Vabadussoja_Ajaloo_Komitee, lk 14
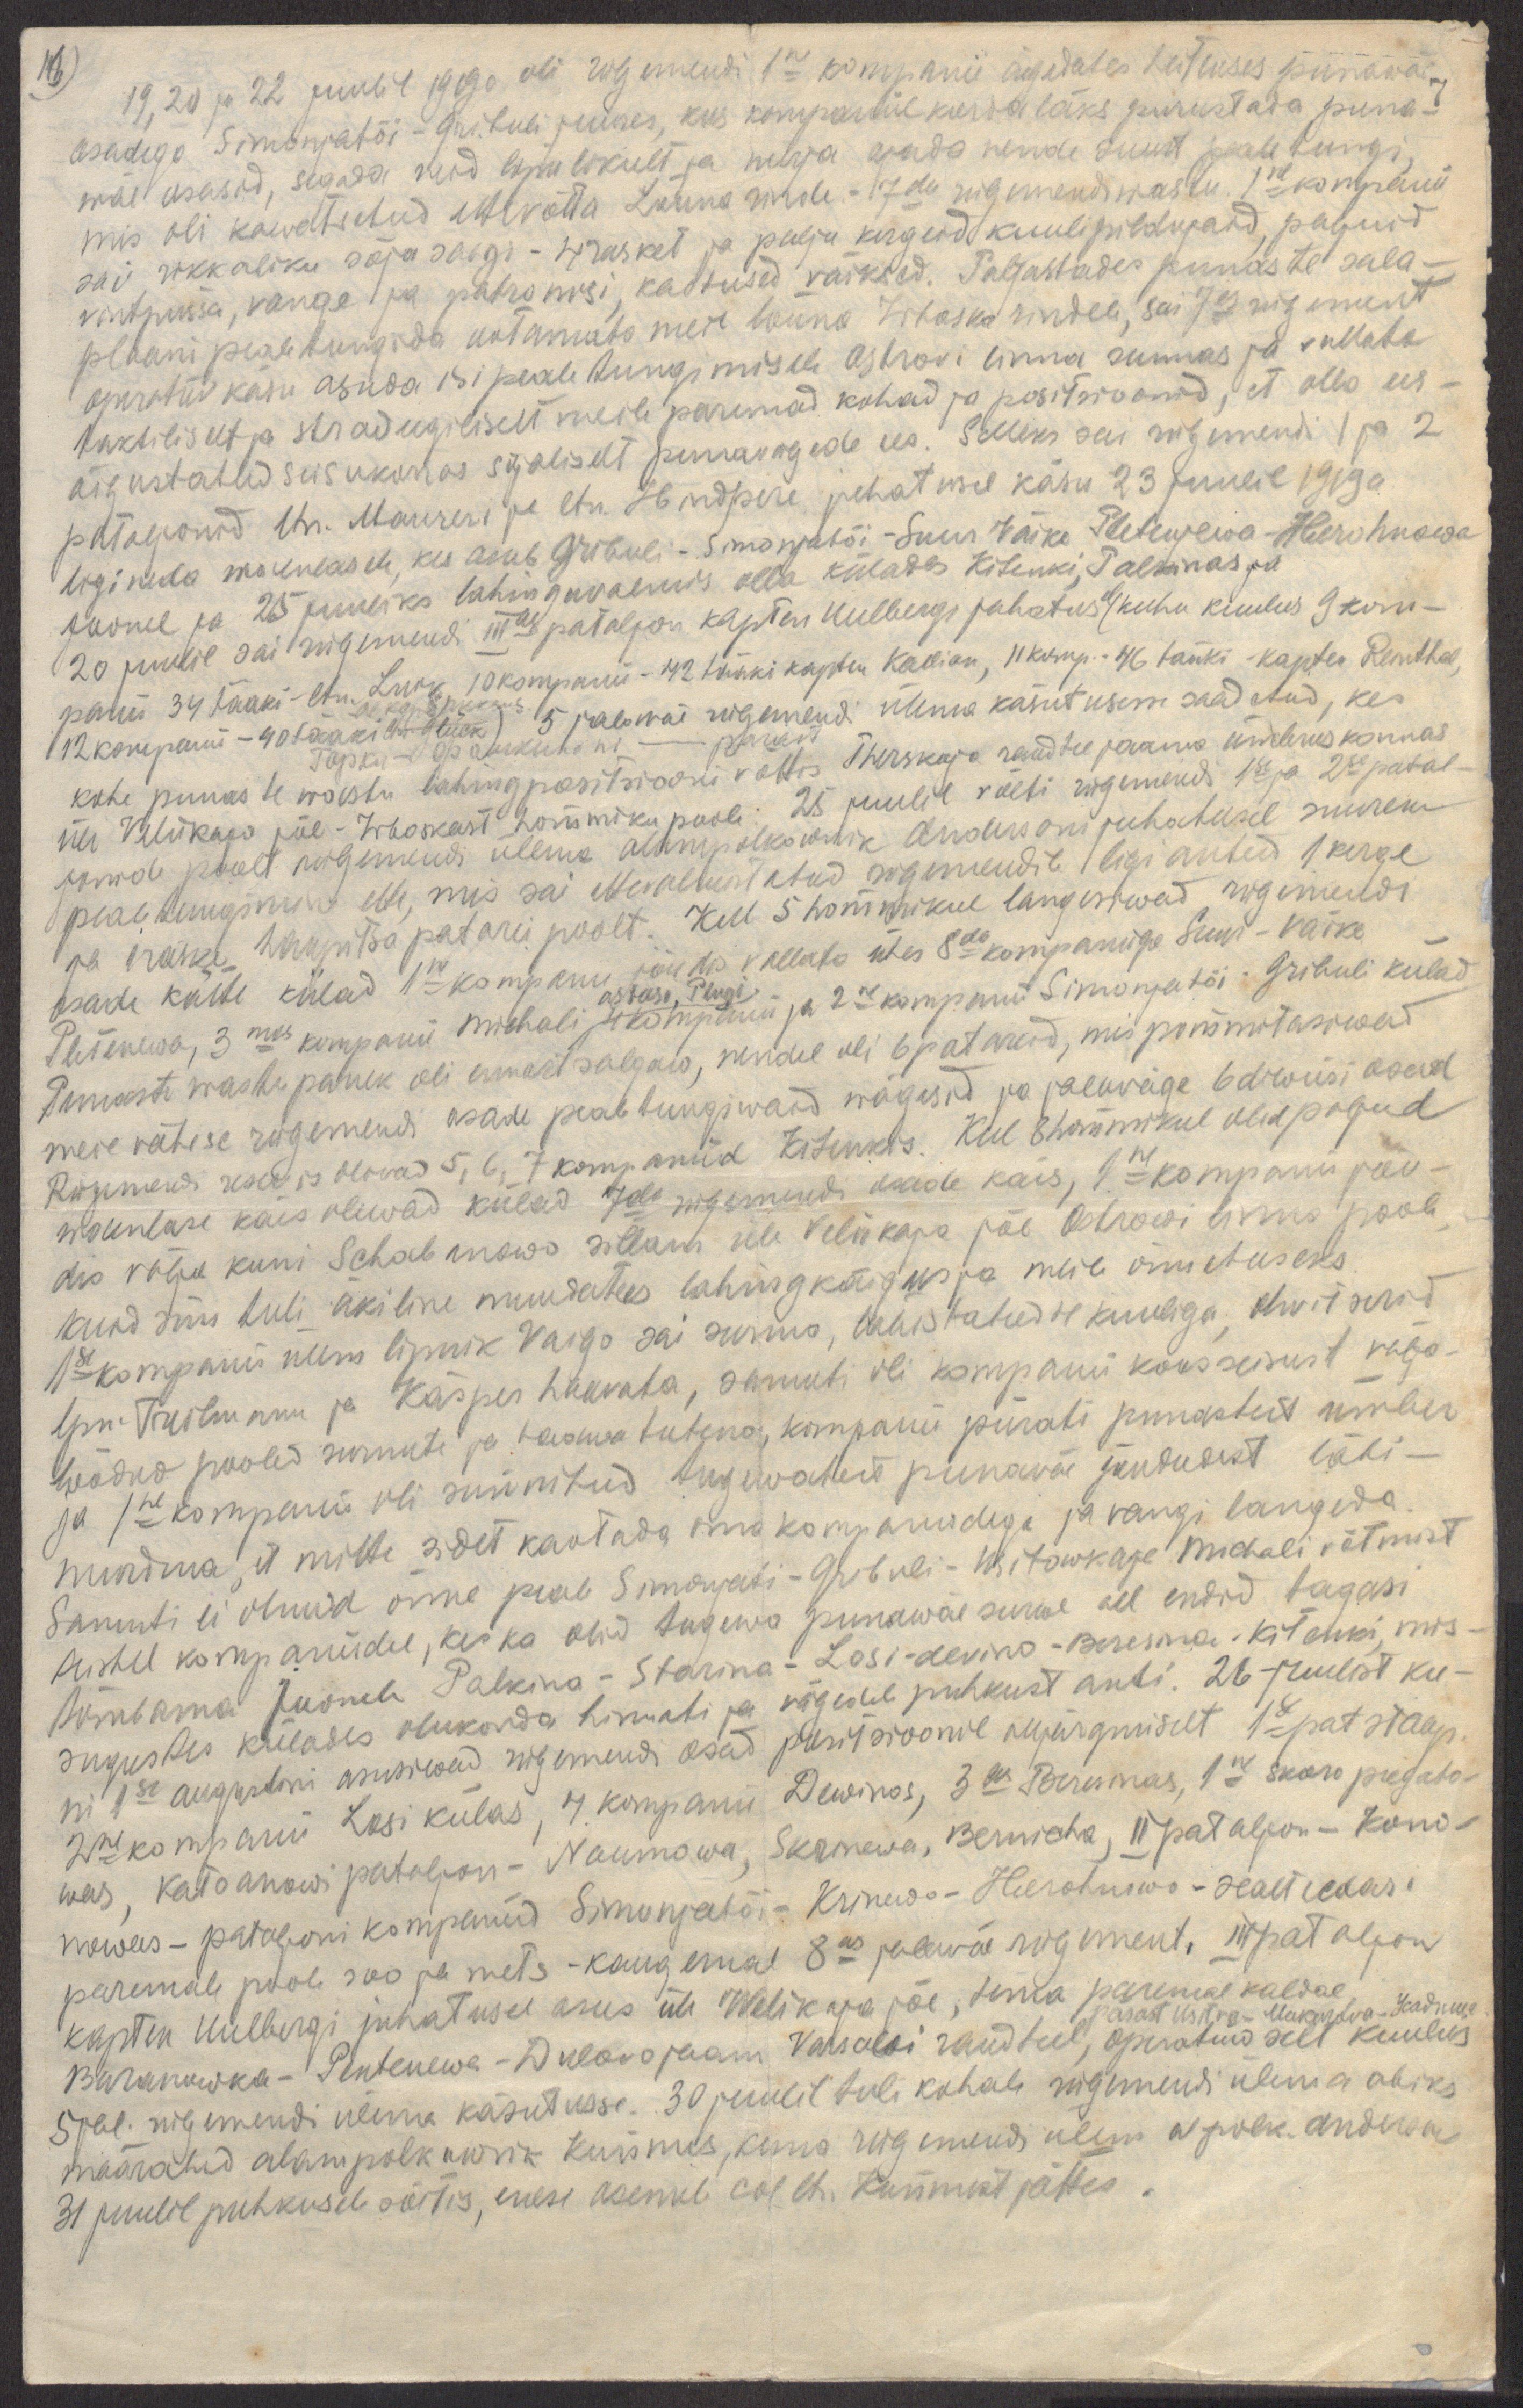
16)
19, 20 ja 22 juulil 1919a. oli rügemendi 1ne kompanii ägedates heitluses punawäe
osadega Simonjatõi - Gribuli juures, kus kompaniil korda läks purustada puna-
wäe osasid, segada neid lõpulikult ja nurja ajada nende suurt pealetungi,
mis oli kawatsetud ettevõtta Lõuna rinde. - 7da rügemendi wastu. 1ne kompanii
sai rikkaliku sõjasaagi - 4 rasket ja palju kergeid kuulipildujaid, paljuid
vintpüssa, vange ja  patronisi, kaotused väiksed. Paljastades punaste sala-
plaani pealetungida ootamata meie lõuna Irboska rindele, sai 7es rügement
operatiiv käsu asuda isi pealetungimisele Ostrovi linna suunas ja vallata
taktiliselt ja stradeegiliselt meile paremad kohad ja positsioonid, et olla ees-
õigustatud seisukorras sõjaliselt punavägude ees. Selleks sai rügemendi 1 ja 2
pataljonid ltn. Maureri ja ltn. Hindpere juhatusel käsu 23 juulil 1919 a.
ligineda waenlasele, kes asub Gribuli - Simonjatõi -  Suur Väike Pletenjewa -Herohnowa
joonel ja 25 juuliks lahinguvalmis olla külades Kitenki, Palkinos ja
20 juulil sai rügemendi IIIas pataljon kapten Uulbergi juhatusel kuhu kuulus 9 kom-
panii 34 tääki - ltn. Luik, 10 kompanii - 42 tääki kapten Kallion, 11 komp. - 46 tääki - kapten Reinthal,
12 kompanii - 40 tääki ltn. Glück) 5 jalawäe rügemendi ülema käsitusesse saadetud, kes
al.kap. kapisjas
kohe punaste wastu lahingpositsiooni võttis Therskojo raudteejaama ümbruskonnas
üle Veliikaja jõe - Irboskast hommiku poole. 25 juulil võeti rügemendi 1se ja 2se patal-
jonide poolt rügemendi ülema alampolkownik Andersoni juhatusel suurem
pealetungimine ette, mis sai ettevalmistatud rügemendile ligi antud 1 kerge
ja 1 raske haupitsa patarei poolt. Kell 5 hommikul langesiwad rügemendi
osade kätte külad 1ne kompanii jõudis vallata ühes 8da kompaniiga Suur - Väike
astasi, Plugi
Pletenewa, 3mas kompanii Michali, 4 kompanii ja 2ne kompanii Simonjatõi - Gribuli külad
Punaste wastupanek oli ennastsalgaw, nendel oli 6 patareid, mis pommitasiwad
meie vähese rügemendi osade pealetungiwaid wägesid ja jalaväge 6 diwiisi osad
Rügemendi reservis olevad 5, 6, 7 kompaniid Kitenkis. Kell 8 hommikul olid paljud
waenlase käes olewad külad 7da rügemendi osade käes, 1ne kompanii jõu-
dis välja kuni Schabanowo sillani üle Veliikaja jõe Ostrowi linna poole,
kuid siis tuli äkiline muudatus lahingkäigus ja meile õnnetuseks
1se kompanii ülem lipnik Vaigo sai surma, tulistatud 4 kuuliga, ohvitserid
lpn.  Treilmann ja Käsper haavata, samuti oli kompani koosseisust välja-
löödud pooled surnute ja haawatutena, kompanii piirati punastest ümber
ja 1ne kompanii oli sunnitud tugewatest punaväe jõududest läbi-
murdma, et mitte sidet kaotada oma kompaniidega ja vangi langeda.
Samuti ei olnud õnne peale Simonjati - Gribuli - Witowkaja Michali võtmist
teistel kompaniidel, kes ka olid tugewa punawäe surwe all endid tagasi
tõmbama joonele  Palkino - Starina - Losi-devino - Beresina -  Kitanki, mis-
sugustes külades olukorda hinnati ja vägedele puhkust anti. 26 juulist ku-
ni 1se augustini asusiwad rügemendi osad positsioonil alljärgmiselt 1se pat staap,
2ne kompanii Losi külas, 4. kompanii Dewinos, 3as Beresinas, 1ne skoro pregato-
was, katsanowi pataljon - Naumowa, Skrinewa, Bernicha, II pataljon - Kono-
nowas - pataljoni kompaniid Simonjatõi - Krinewo - Herotnewo - sealt edasi
paremale poole soo ja mets - kaugemal 8as jalaväe rügement, III pataljon
kapten Uulbergi juhatusel asus üle Welikaja jõe, tema paremal kaldal,
pärast Usitsa-Makelova-Усадище
Buranowka - Pentenewa - Dulovo jaam Varsawi raudteel, operatiiwselt kuulus
5 jal. rügemendi ülema käsutusse. 30 juulil tuli kohale rügemendi ülema abiks
määratud alampolkownik Kunnus, kuna rügemendi ülem al polk. Anderson
31 juulil puhkusele sõitis, enese asemele col. ltn. Kunnust jättes.